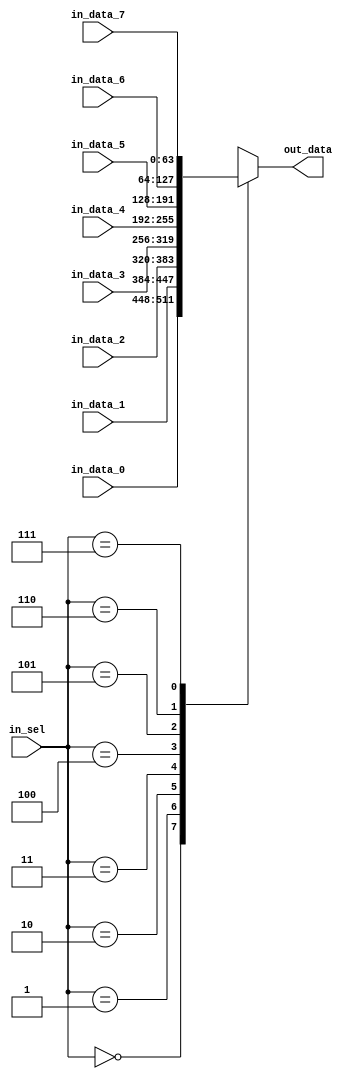
module mux_8_1(
    in_data_0,
    in_data_1,
    in_data_2,
    in_data_3,
    in_data_4,
    in_data_5,
    in_data_6,
    in_data_7,
    in_sel,
    out_data
);
    parameter   DATA_WIDTH = 64;

    input   [DATA_WIDTH - 1:0] in_data_0, in_data_1, in_data_2, in_data_3, in_data_4, in_data_5, in_data_6, in_data_7;
    input   [2:0] in_sel;
    output reg [DATA_WIDTH - 1:0] out_data;

    always @ (*) begin
        case (in_sel)
            3'b000: out_data = in_data_0;
            3'b001: out_data = in_data_1;
            3'b010: out_data = in_data_2;
            3'b011: out_data = in_data_3;
            3'b100: out_data = in_data_4;
            3'b101: out_data = in_data_5;
            3'b110: out_data = in_data_6;
            3'b111: out_data = in_data_7;
            default: out_data = in_data_0;
        endcase
    end
endmodule